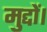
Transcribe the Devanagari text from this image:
मुद्दों।